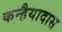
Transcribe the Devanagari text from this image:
कन्हैयादास